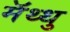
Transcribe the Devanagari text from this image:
मॅथ्थु